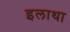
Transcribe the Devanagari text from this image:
इलाथा